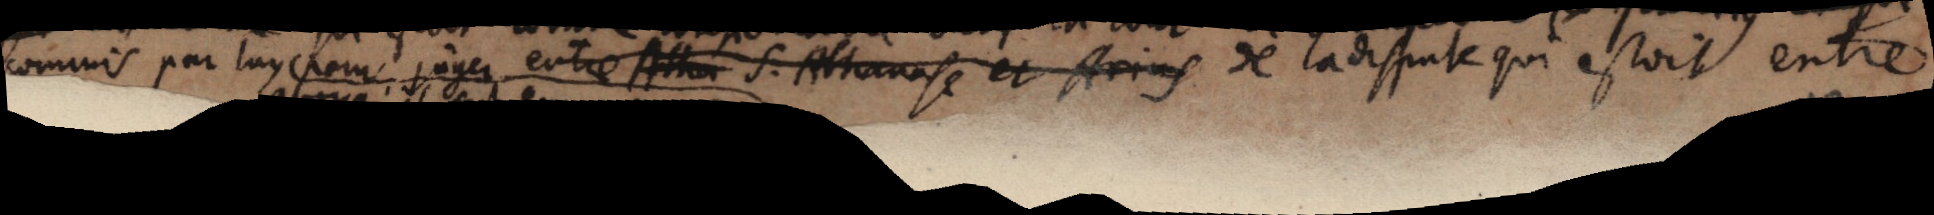
commis par luy pour juger entre _ S. _ et _ de la dispute qui estoit entre